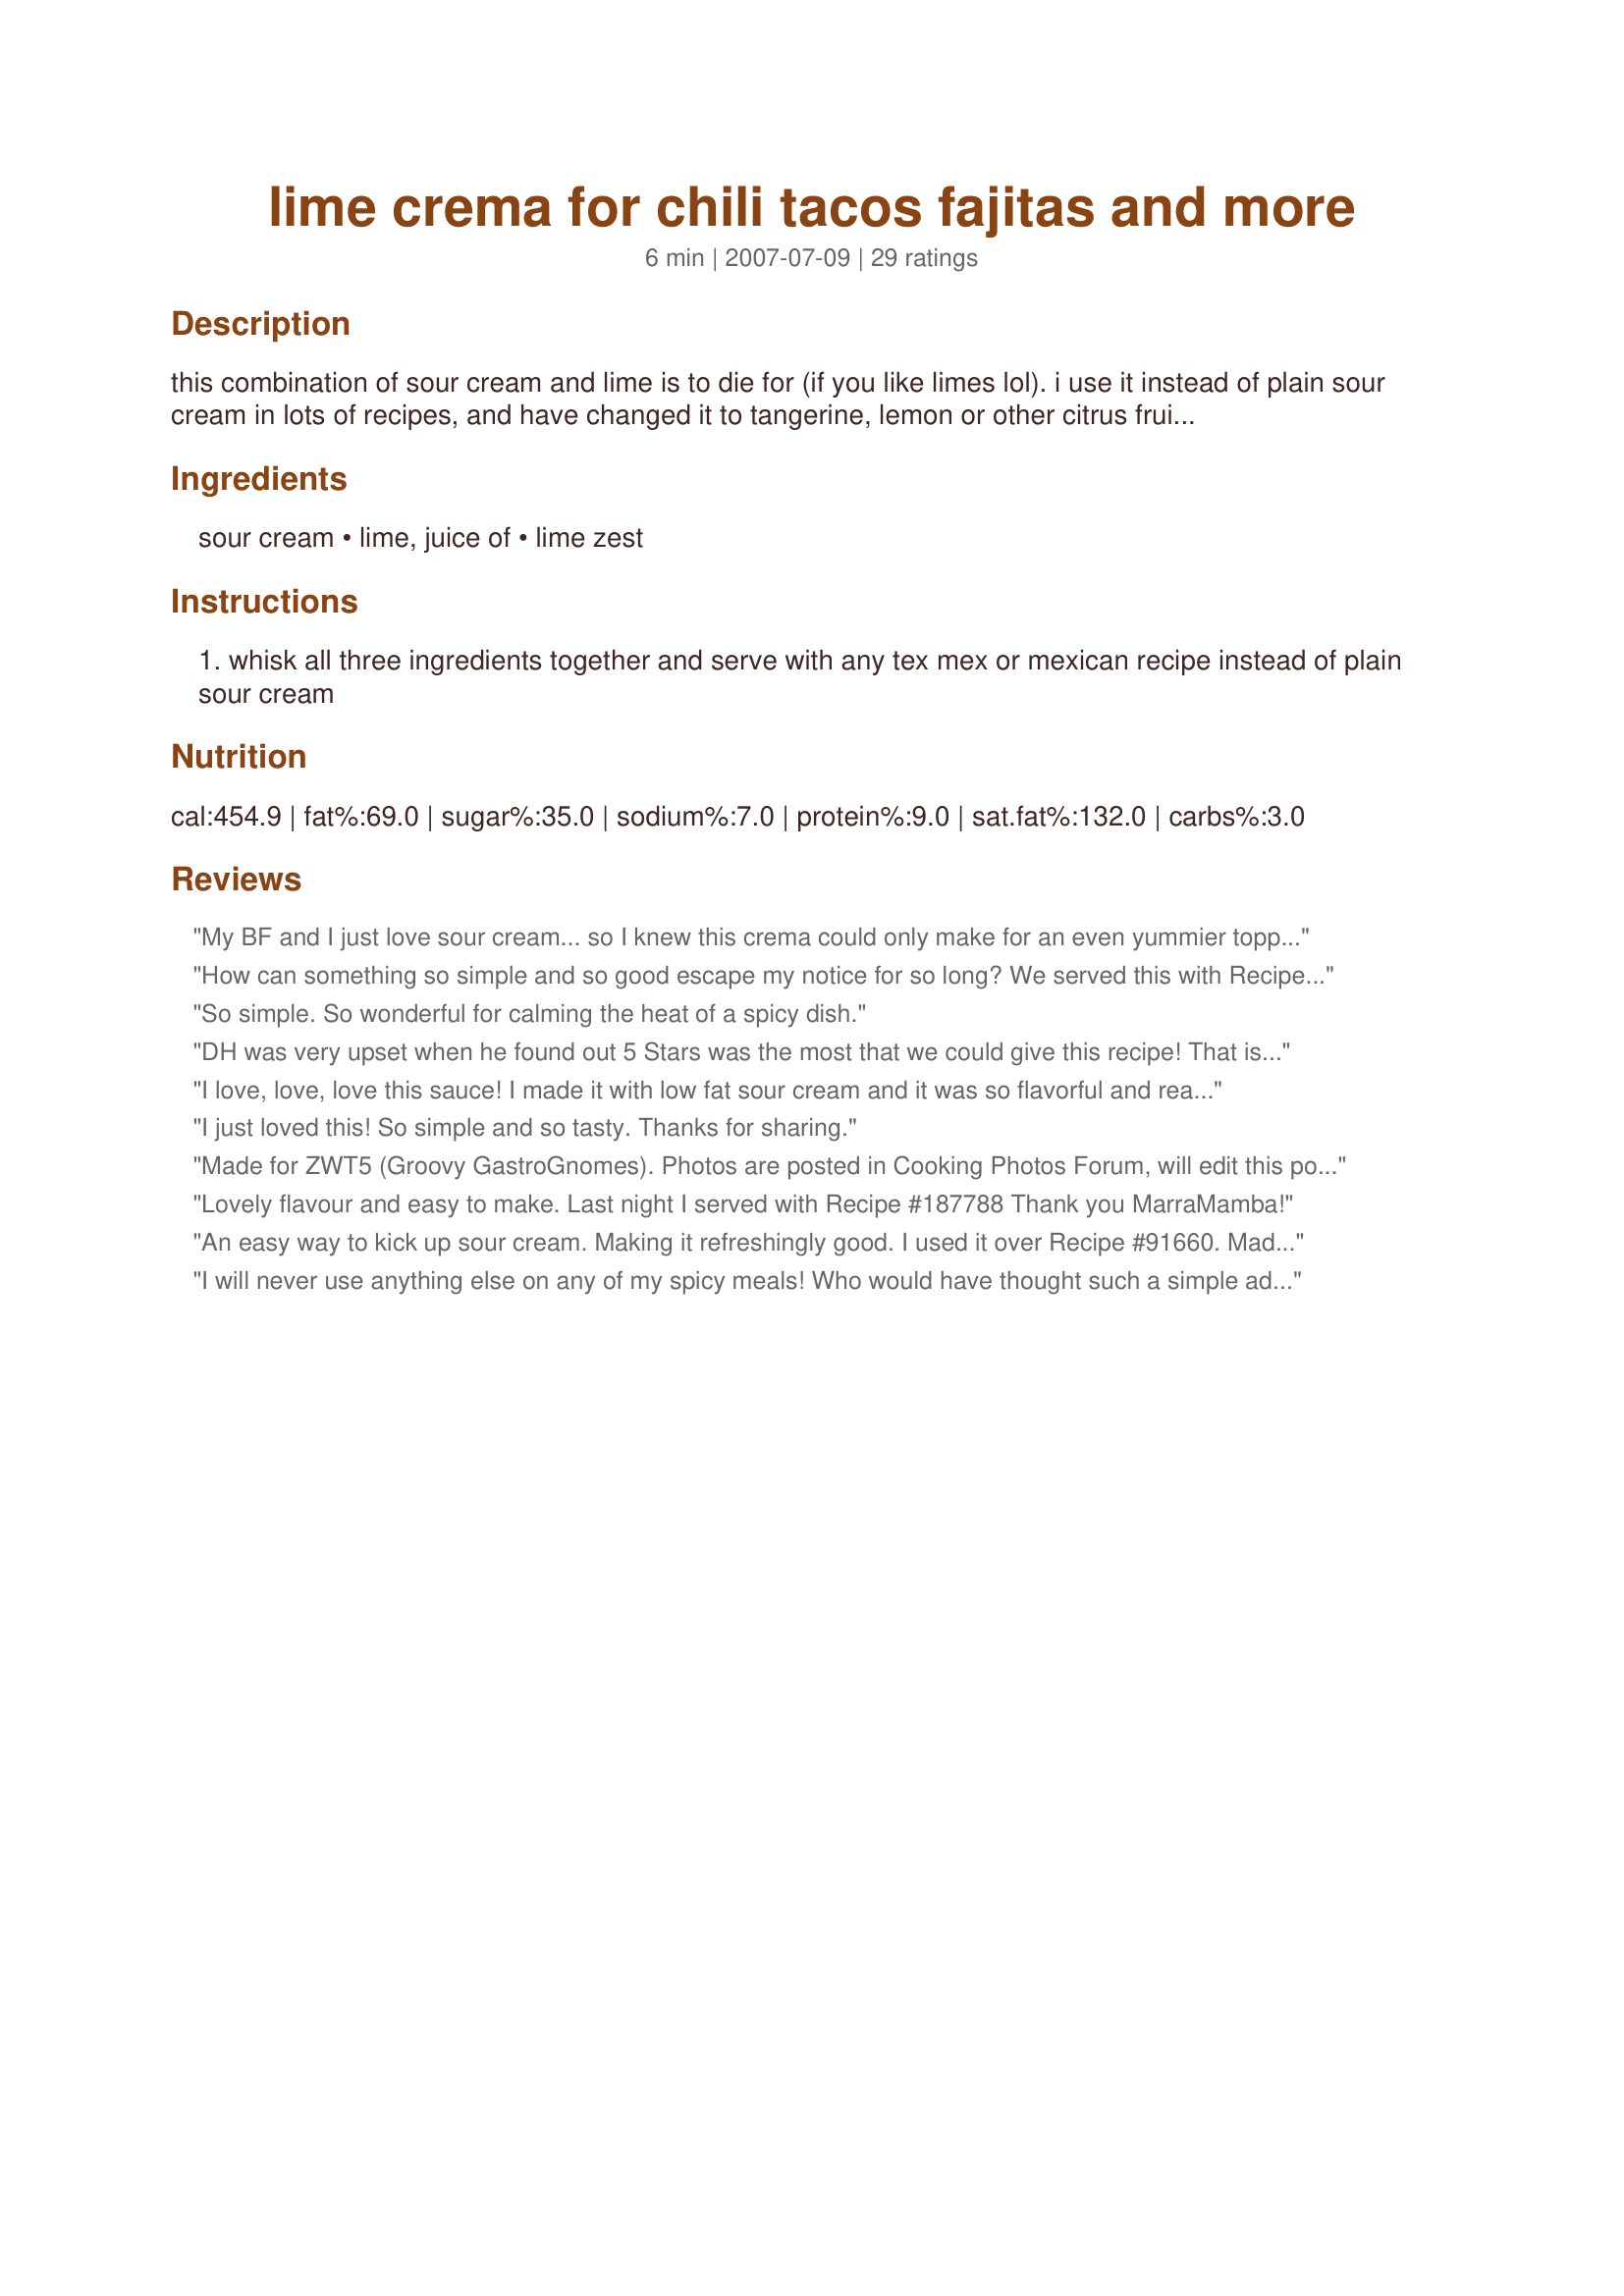
lime crema for chili tacos fajitas and more
Preparation time: 6 minutes

this combination of sour cream and lime is to die for (if you like limes lol). i use it instead of plain sour cream in lots of recipes, and have changed it to tangerine, lemon or other citrus fruits as well. 3 recipes on zaar use it, but it deserves its own spot as a condiment in its own right

Ingredients:
sour cream, lime, juice of, lime zest

Steps:
whisk all three ingredients together and serve with any tex mex or mexican recipe instead of plain sour cream

Reviews:
My BF and I just love sour cream... so I knew this crema could only make for an even yummier topping for our Recipe #59812. What's not to like about the cool creamy sour cream with the tang of limes??? Loved it and will be using it often! Thanks for sharing!!!
How can something so simple and so good escape my notice for so long? We served this with Recipe#247150, both for Zaar World Tour 5. Thanks!
So simple. So wonderful for calming the heat of a spicy dish.
DH was very upset when he found out 5 Stars was the most that we could give this recipe! That is quite a compliment. . . he's very hard to please. I enter the LoretoFest (Mexico) Chili Cook-Off each year and this will definitely be included! Thanks for sharing MarraMamba!
I love, love, love this sauce! I made it with low fat sour cream and it was so flavorful and really good for a lot of uses. I will be using this again and again. Thanks for the great recipe!
I just loved this! So simple and so tasty. Thanks for sharing.
Made for ZWT5 (Groovy GastroGnomes). Photos are posted in Cooking Photos Forum, will edit this posting to include URL.

Incredibly simple ingredient list, lightning fast to make, and wonderful flavor. What more could you want from a recipe?

Thanks for posting this gem!
Lovely flavour and easy to make. Last night I served with Recipe #187788 Thank you MarraMamba!
An easy way to kick up sour cream. Making it refreshingly good. I used it over Recipe #91660. Made it part of my Menu #28319. Creamy deliteful!
I will never use anything else on any of my spicy meals! Who would have thought such a simple addition would reap such a wonderful result. Thnx MarraMamba for posting.
This is fantastic and pairs so well with Mexican flavors.
Gracias grandes for this quick and tasty alternative to normal sour cream. I used a low fat sour cream and had it along side some steak fajitas tonight. It was for cutting through spices while bring its on flavour too. Made for Chow Hounds on ZWT5.
Delish! Definitely a must with fajitas or tacos -- the lime really adds so much flavor. Will be using this recipe from now on. Made for Everyday is a Holiday, May, 2014.
This is very delicious. I've made it several times and add a little more lime zest because we like lime. I've put it on chili, quesidillas (spelling?), corn chips. Family wants to try it on a grilled hamburger (veggie burger for me). Just love this! Thank you.
This is great! I used it with taco salad, and my guests loved it! Thanks!
Simple, easy and delicious, can't say much more than that. Made for ZWT5, Dining Daredevils.
WOW! This is one of those EASY recipes that turn out FANTASTIC! I'd never thought of doing this but it really is WONDERFUL! I can imagine using it on all sorts of things. We enjoyed it with vegetarian chili. I also thought it was going to have to sit to develop flavor but it was ready to use right away. Just be aware that it does thin down the sour cream a bit. Made for Zaar tag.
So simple to make and a delicious accent to spicy food. Ended up adding more zest as we like the taste of lime. This recipe lends itself to all kinds of creativity..after reading the reviews, I will be trying some of the suggestions although it is very good just as it is. Thank you for posting.
This was a good start, I added one chipotle pepper in adobo sauce, and a large clove of garlic, great combination. I sizzzed them all up together with my immersion blender. I severed this with Recipe #360762. Thanks for sharing, reviewd for ZWT 5 by one of the Cooks With Dirty Faces.
This was really good. I put it on our fajita's the other night and it was awesome. Perfect for any spicy dish! So easy and so delish!! Thanks for sharing!
Made for Comfort Cafe Summer 2009. We were split on this DD & DH liked it, but I wasn't that keen on it. I thought it a bit too tart and I only used half of a lime. Served it with tacos and there was about 1/3 of it left so I added cumin and oil and a little bit honey and turned it into a salad dressing.
LOVED this. I would have never thought such simple additions to regular sour cream would be so incredible!!! I will never want plzin sour cream on my 
Mexican food again!
Love it! I used it on chicken fajitas and it was a fabulous addition! Very fresh flavor.
One of my favorite things and it is SO easy! Thank you for giving me the recipe so I realizedf HOW easy it is to use ALL THE TIME!!! If you enjoy lime - try this one anything! What a versatile way to "spice up" your sour cream!!! THIS IS A KEEPER for me! ;) Use it on chili, chicken tortilla sour, tacos, nachos, anything Mexican, Spanish, Indian, on eggs with a salsa, I used it tonight on a potato pancake recipe and it was to die for, just about anything!!
A staple at our house-- lime crema is the perfect compliment to any Mexican dish. Being able to use limes from our tree makes this extra special. Thank you for sharing, MarraMamba!
Very easy and just right for Recipe #232309. Thanks for sharing!
Delish! But I found it overpowering with only 1 cup of sour cream (2 cups is better, for my taste). Strained plain yogurt works very well too.
So simple yet so tasty. Will definitely do this often, especially when serving Mexican. I can just dip french fries into this - so yummy.
Giving this three stars cuz my husband said it was good. I didn&#039;t really care for it. We make another sauce with mayo, lime, and red chili powder for fish or shrimp tacos that I perfer better.
